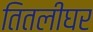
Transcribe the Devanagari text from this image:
तितलीघर